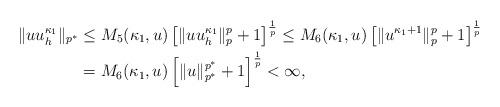
LaTeX: \begin{align*} \|uu_h^{\kappa_1}\|_{p^*} &\leq M_5(\kappa_1, u) \left [\|uu_h^{\kappa_1}\|_{p}^p+1\right]^{\frac{1}{p}} \leq M_6(\kappa_1, u) \left [\|u^{\kappa_1+1}\|_{p}^p+1\right]^{\frac{1}{p}}\\ & = M_6(\kappa_1, u) \left [\|u\|_{p^*}^{p^*}+1\right]^{\frac{1}{p}}<\infty, \end{align*}